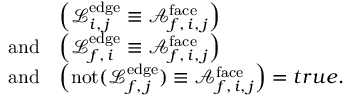
\begin{array} { r l } & { \left( \mathcal { L } _ { i , \, j } ^ { \mathrm { e d g e } } \equiv \mathcal { A } _ { f , \, i , \, j } ^ { \mathrm { f a c e } } \right) } \\ { \mathrm { a n d } } & { \left( \mathcal { L } _ { f , \, i } ^ { \mathrm { e d g e } } \equiv \mathcal { A } _ { f , \, i , \, j } ^ { \mathrm { f a c e } } \right) } \\ { \mathrm { a n d } } & { \left( \mathrm { n o t } ( \mathcal { L } _ { f , \, j } ^ { \mathrm { e d g e } } ) \equiv \mathcal { A } _ { f , \, i , \, j } ^ { \mathrm { f a c e } } \right) = t r u e . } \end{array}